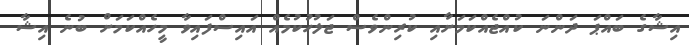
އިޝާގެ ބައްޕަ ދަންނަ ކުއްޖެއްކަމަށާއި ކުރިންވެސް ޖަލުހުކުމެއް އައިސްފައިވާ މީހެއްކަމަށް ބުނެ އިޝާ